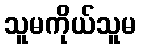
သူမကိုယ်သူမ